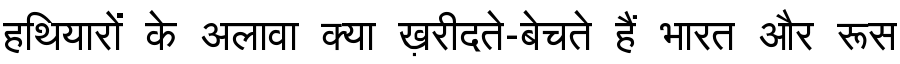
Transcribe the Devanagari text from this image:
हथियारों के अलावा क्या ख़रीदते-बेचते हैं भारत और रूस